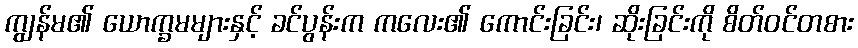
ကျွန်မ၏ ယောက္ခမများနှင့် ခင်ပွန်းက ကလေး၏ ကောင်းခြင်း၊ ဆိုးခြင်းကို စိတ်ဝင်တစား